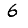
Digit: 6